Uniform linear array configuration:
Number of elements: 4
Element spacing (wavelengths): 0.5
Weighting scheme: exponential
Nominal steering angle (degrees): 15
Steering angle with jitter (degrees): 16.35
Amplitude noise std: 0.05
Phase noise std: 0.05

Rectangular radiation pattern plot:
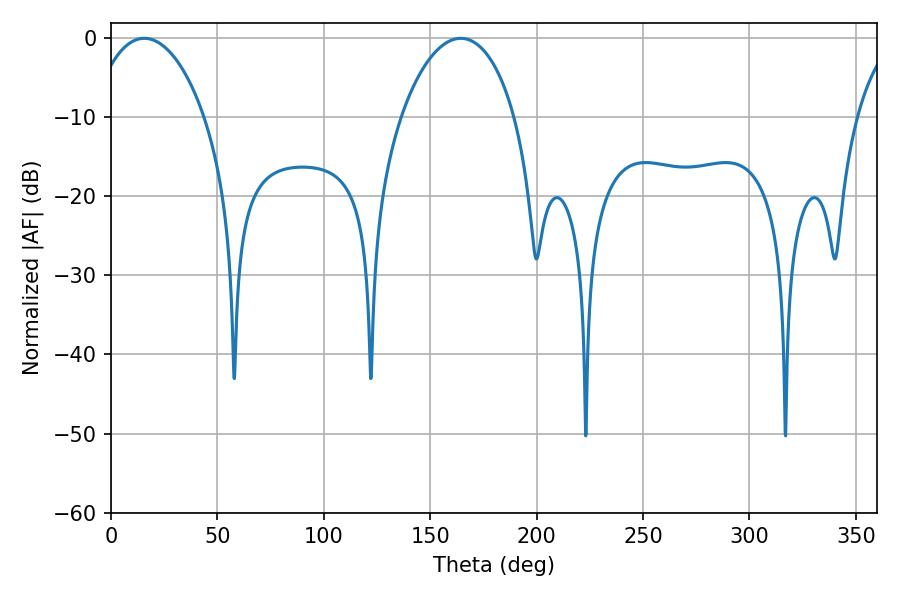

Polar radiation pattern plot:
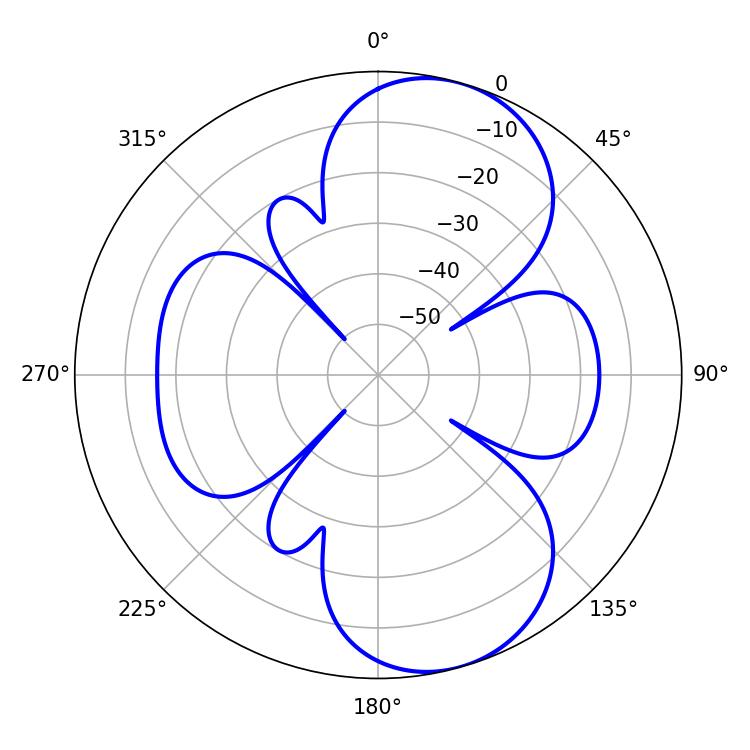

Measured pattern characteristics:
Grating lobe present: FALSE
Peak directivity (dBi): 8.33
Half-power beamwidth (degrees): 30.42
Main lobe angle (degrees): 15.66